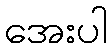
အေးပါ